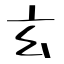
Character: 玄